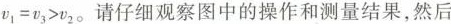
v_{1}=v_{3}>v_{2}。请仔细观察图中的操作和测量结果，然后